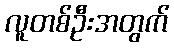
လူတစ်ဦးအတွက်